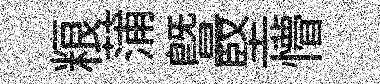
粮蒲曁堅懵